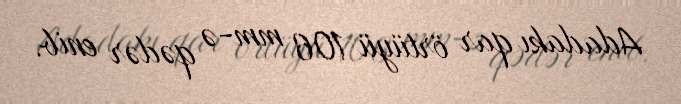
Adadakı qar örtüyü 106 mm-ə qədər enib.